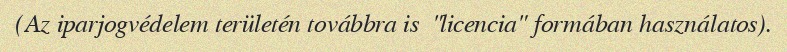
(Az iparjogvédelem területén továbbra is  "licencia" formában használatos).